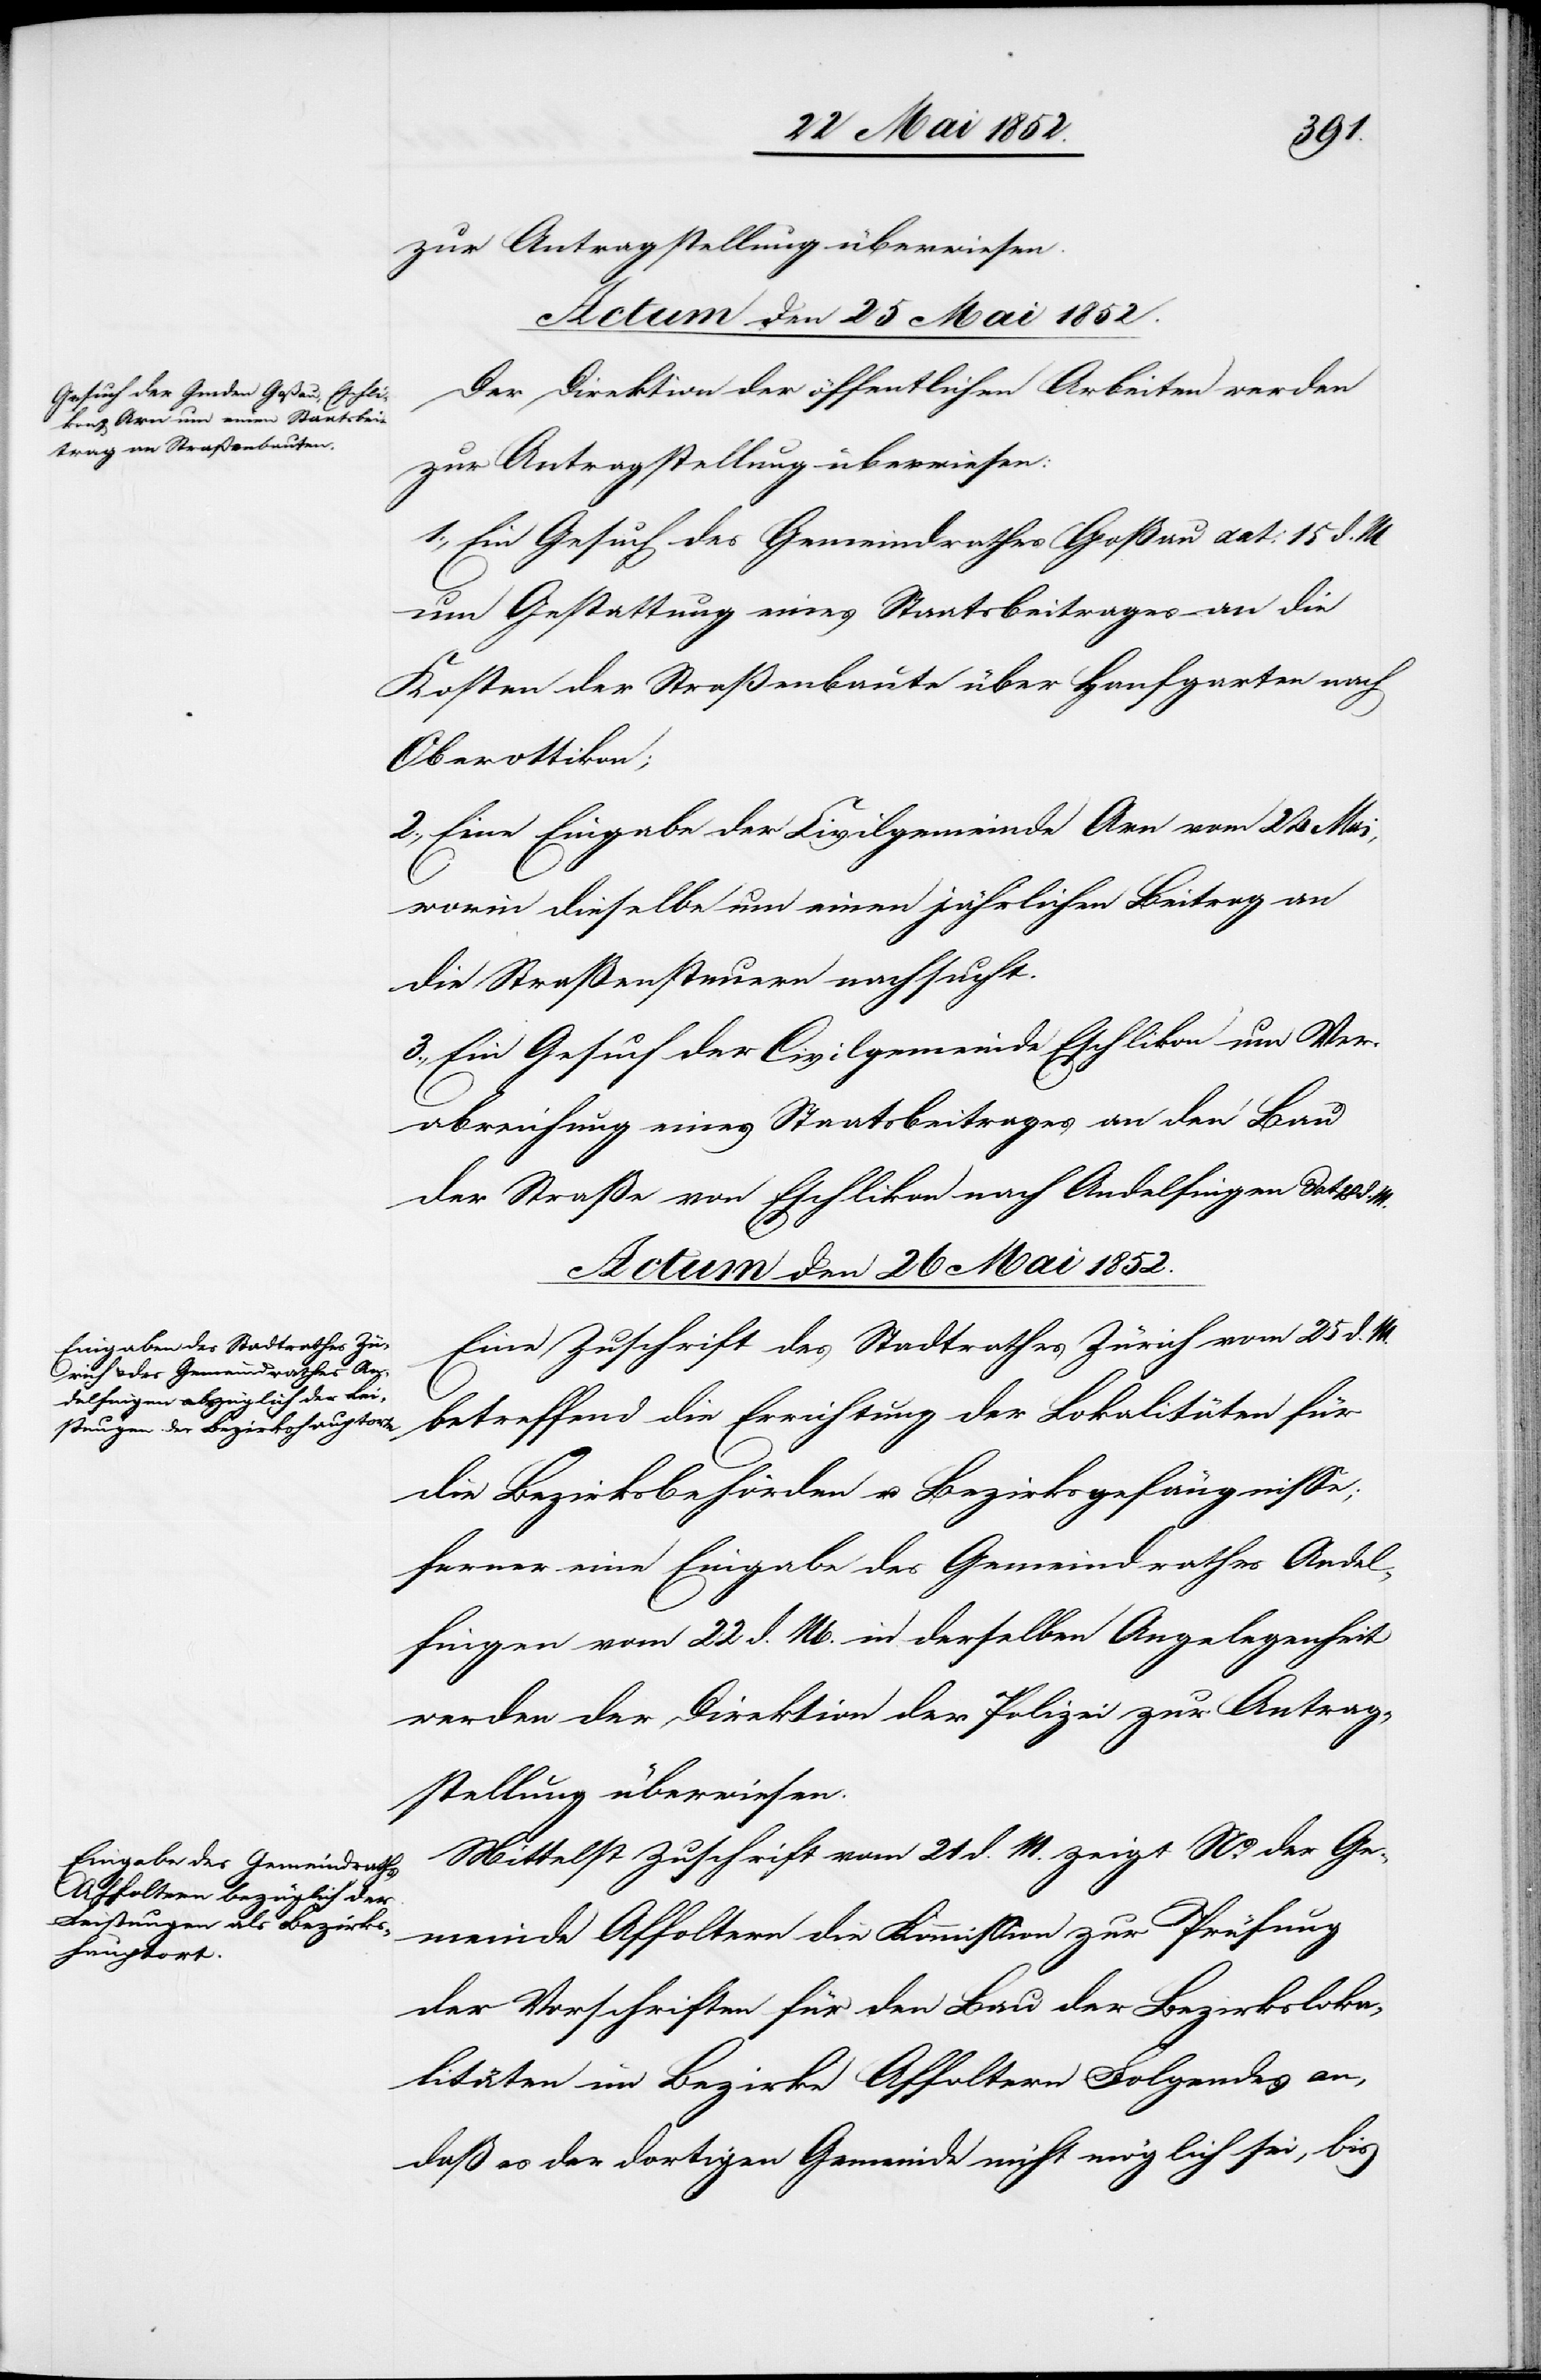
zur Antragstellung überwiesen.
Actum den 25 Mai 1852.
Der Direktion der öffentlichen Arbeiten werden
zur Antragstellung überwiesen:
1., Ein Gesuch des Gemeindrathes Goßau dat: 15 d. M
um Gestattung eines Staatsbeitrages an die
Kosten der Straßenbaute über Hanfgarten nach
Oberottikon;
2., Eine Eingabe der Civilgemeinde Arn vom 24 Mai,
worin dieselbe um einen jährlichen Beitrag an
die Straßensteuern nachsucht.
3., Ein Gesuch der Civilgemeinde Eschlikon um Ver¬
abreichung eines Staatsbeitrages an den Bau
der Straße von Eschlikon nach Andelfingen dat 18 d.
Actum den 26 Mai 1852.]
Eine Zuschrift des Stadtrathes Zürich vom 25 d. M.
betreffend die Errichtung der Lokalitäten für
die Bezirksbehörden u. Bezirksgefängnisse;
ferner eine Eingabe des Gemeindrathes Andel¬
fingen vom 22 d. M. in derselben Angelegenheit
werden der Direktion der Polizei zur Antrag¬
stellung überwiesen.
Mittelst Zuschrift vom 21 d. M. zeigt Ns. der Ge¬
meinde Affoltern die Kommission zur Prüfung
der Vorschriften für den Bau der Bezirksloka¬
litäten im Bezirke Affoltern Folgendes an,
daß es der dortigen Gemeinde nicht möglich sei, bis